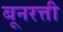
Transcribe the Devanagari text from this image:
बूनरत्ती